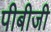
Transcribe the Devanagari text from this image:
पीबीजी